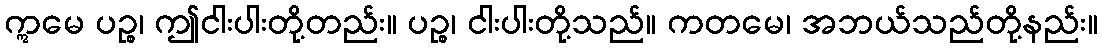
ဣမေ ပဉ္စ၊ ဤငါးပါးတို့တည်း။ ပဉ္စ၊ ငါးပါးတို့သည်။ ကတမေ၊ အဘယ်သည်တို့နည်း။